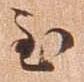
至